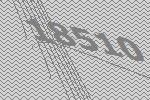
18510